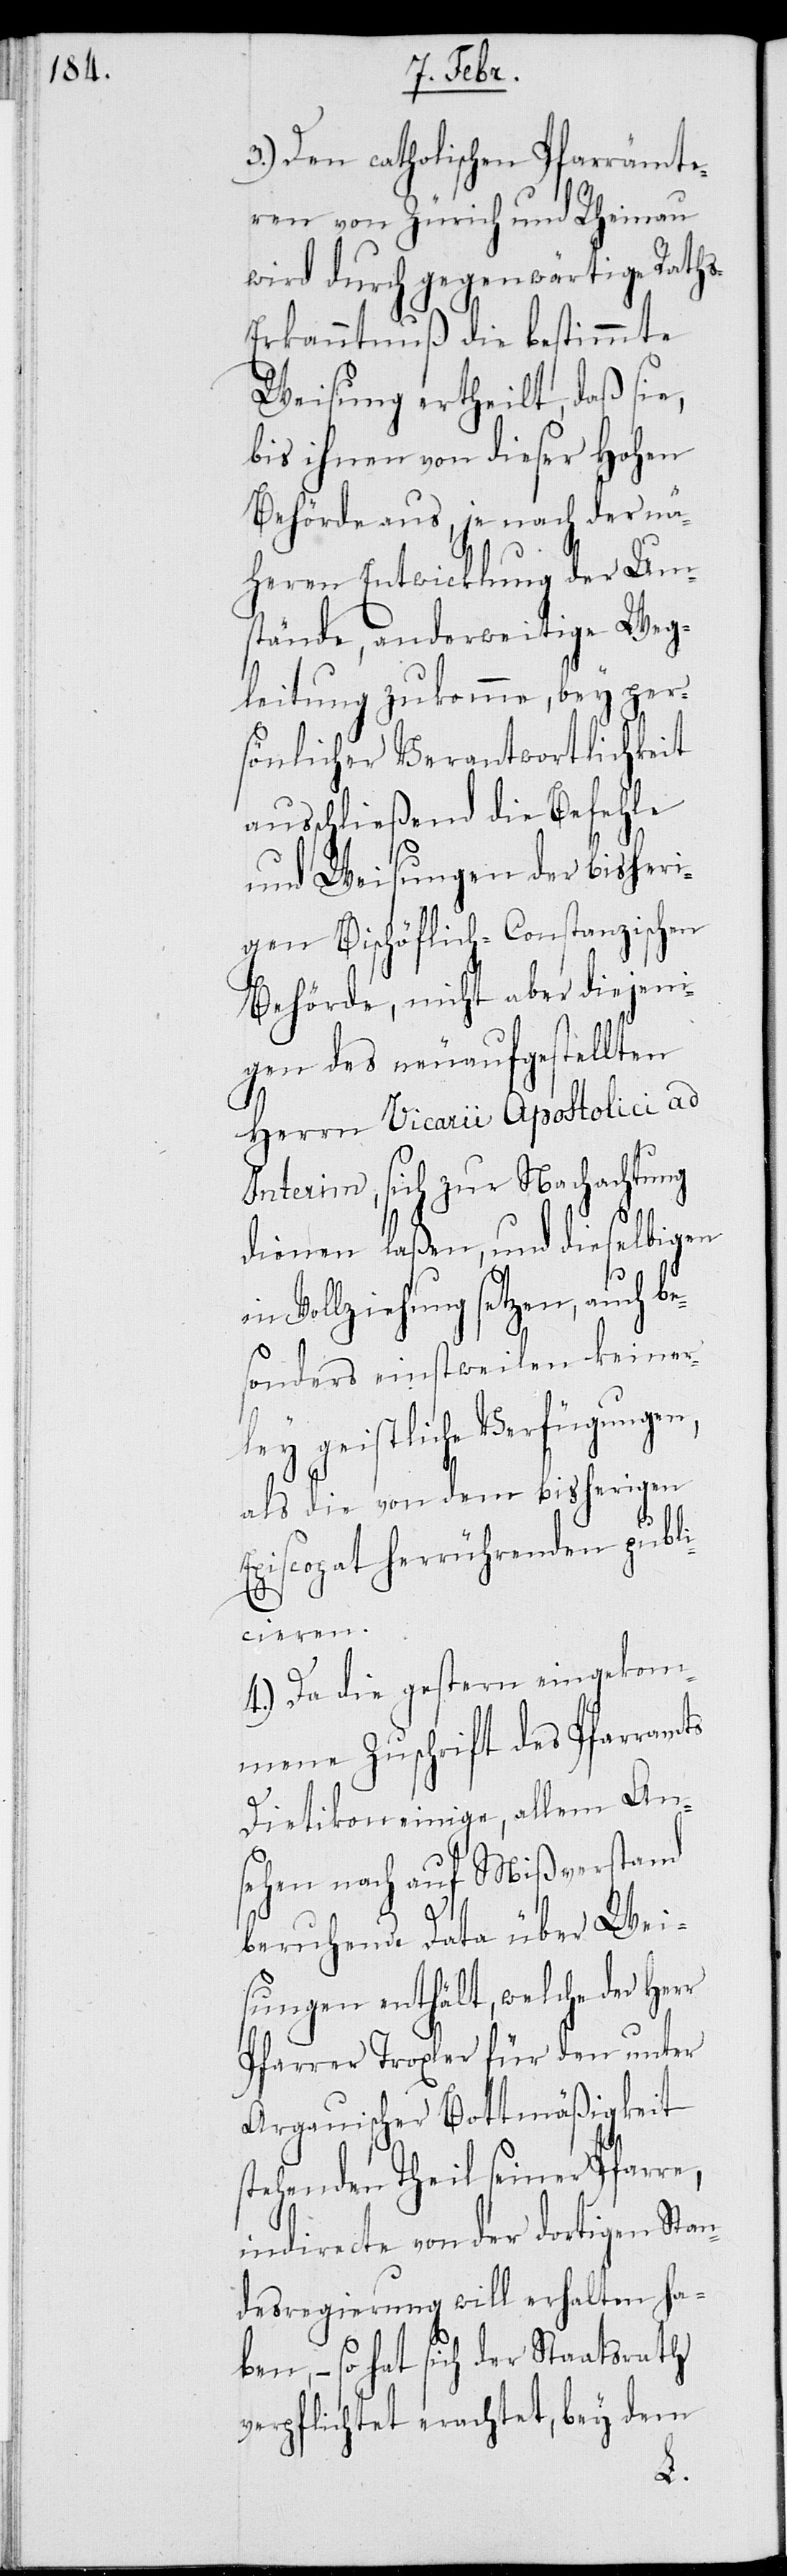
3.) Den catholischen Pfarrämte¬
ren von Zürich und Rheinau
wird durch gegenwärtige Rath¬
s-Erkanntnuß die bestimmte
Weisung ertheilt, daß sie,
bis ihnen von dieser Hohen
Behörde aus, je nach der nä¬
heren Entwicklung der Um¬
stände, anderweitige Weg¬
leitung zukomme, bey per¬
sönlicher Verantwortlichkeit
ausschließend die Befehle
und Weisungen der bisheri¬
gen Bischöflich-Constanzischen
Behörde, nicht aber diejeni¬
gen des neuaufgestellten
Herrn Vicarii Apostolici ad
Interim, sich zur Nachachtung
dienen laßen, und dieselbigen
in Vollziehung setzen, auch be¬
sonders einstweilen keiner¬
ley geistliche Verfügungen,
als die von dem bisherigen
Episcopat herrührenden publi¬
cieren.
4) Da die gestern eingekom¬
mene Zuschrift des Pfarramts
Dietikon einige, allem An¬
sehen nach auf Mißverstand
beruhende Data über Wei¬
sungen enthält, welche der Herr
Pfarrer Troxler für den unter
Argauischer Bottmäßigkeit
stehenden Theil seiner Pfarre,
indirecte von der dortigen Stan¬
desregierung will erhalten ha¬
ben, – so hat sich der Staatsrath
verpflichtet erachtet, bey dem